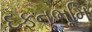
દફનભૂમિ